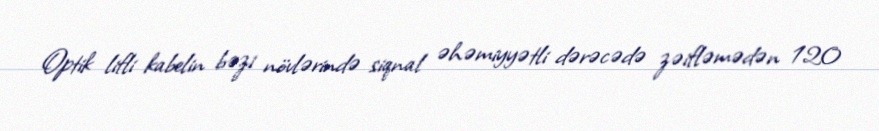
Optik lifli kabelin bəzi növlərində siqnal əhəmiyyətli dərəcədə zəifləmədən 120